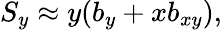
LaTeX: S_{y}\approx y(b_{y}+xb_{xy}),